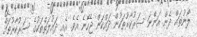
ލޯނުތައް ދެން އަންނަ ސަރުކާރުތަކުން ދައްކަން ޖެހޭނެ އެވެ. އެއީ ދައުލަތްތަކުގެ ސަރުކާރުތައް